Indian journal of veterinary science and animal husbandry - Volumes 15-17, 1948-1951
Year: 1948
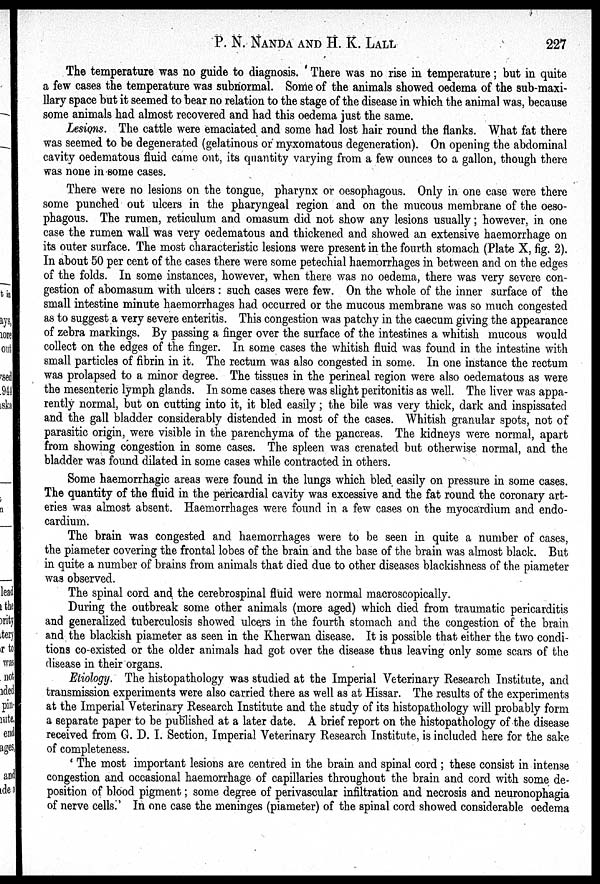
P. N. NANDA AND H. K. LALL 227
The temperature was no guide to diagnosis. There was no rise in temperature ; but in quite
a few cases the temperature was subnormal. Some of the animals showed oedema of the sub-maxi-
llary space but it seemed to bear no relation to the stage of the disease in which the animal was, because
some animals had almost recovered and had this oedema just the same.
Lesions. The cattle were emaciated and some had lost hair round the flanks. What fat there
was seemed to be degenerated (gelatinous or myxomatous degeneration). On opening the abdominal
cavity oedematous fluid came out, its quantity varying from a few ounces to a gallon, though there
was none in some cases.
There were no lesions on the tongue, pharynx or oesophagous. Only in one case were there
some punched out ulcers in the pharyngeal region and on the mucous membrane of the oeso-
phagous. The rumen, reticulum and omasum did not show any lesions usually ; however, in one
case the rumen wall was very oedematous and thickened and showed an extensive haemorrhage on
its outer surface. The most characteristic lesions were present in the fourth stomach (Plate X, fig. 2).
In about 50 per cent of the cases there were some petechial haemorrhages in between and on the edges
of the folds. In some instances, however, when there was no oedema, there was very severe con-
gestion of abomasum with ulcers : such cases were few. On the whole of the inner surface of the
small intestine minute haemorrhages had occurred or the mucous membrane was so much congested
as to suggest a very severe enteritis. This congestion was patchy in the caecum giving the appearance
of zebra markings. By passing a finger over the surface of the intestines a whitish mucous would
collect on the edges of the finger. In some cases the whitish fluid was found in the intestine with
small particles of fibrin in it. The rectum was also congested in some. In one instance the rectum
was prolapsed to a minor degree. The tissues in the perineal region were also oedematous as were
the mesenteric lymph glands. In some cases there was slight peritonitis as well. The liver was appa-
rently normal, but on cutting into it, it bled easily ; the bile was very thick, dark and inspissated
and the gall bladder considerably distended in most of the cases. Whitish granular spots, not of
parasitic origin, were visible in the parenchyma of the pancreas. The kidneys were normal, apart
from showing congestion in some cases. The spleen was crenated but otherwise normal, and the
bladder was found dilated in some cases while contracted in others.
Some haemorrhagic areas were found in the lungs which bled easily on pressure in some cases.
The quantity of the fluid in the pericardial cavity was excessive and the fat round the coronary art-
eries was almost absent. Haemorrhages were found in a few cases on the myocardium and endo-
cardium.
The brain was congested and haemorrhages were to be seen in quite a number of cases,
the piameter covering the frontal lobes of the brain and the base of the brain was almost black. But
in quite a number of brains from animals that died due to other diseases blackishness of the piameter
was observed.
The spinal cord and the cerebrospinal fluid were normal macroscopically.
During the outbreak some other animals (more aged) which died from traumatic pericarditis
and generalized tuberculosis showed ulcers in the fourth stomach and the congestion of the brain
and the blackish piameter as seen in the Kherwan disease. It is possible that either the two condi-
tions co-existed or the older animals had got over the disease thus leaving only some scars of the
disease in their organs.
Etiology. The histopathology was studied at the Imperial Veterinary Research Institute, and
transmission experiments were also carried there as well as at Hissar. The results of the experiments
at the Imperial Veterinary Research Institute and the study of its histopathology will probably form
a separate paper to be published at a later date. A brief report on the histopathology of the disease
received from G. D. I. Section, Imperial Veterinary Research Institute, is included here for the sake
of completeness.
'The most important lesions are centred in the brain and spinal cord ; these consist in intense
congestion and occasional haemorrhage of capillaries throughout the brain and cord with some de-
position of blood pigment ; some degree of perivascular infiltration and necrosis and neuronophagia
of nerve cells.' In one case the meninges (piameter) of the spinal cord showed considerable oedema